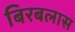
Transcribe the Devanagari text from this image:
बिरबलास